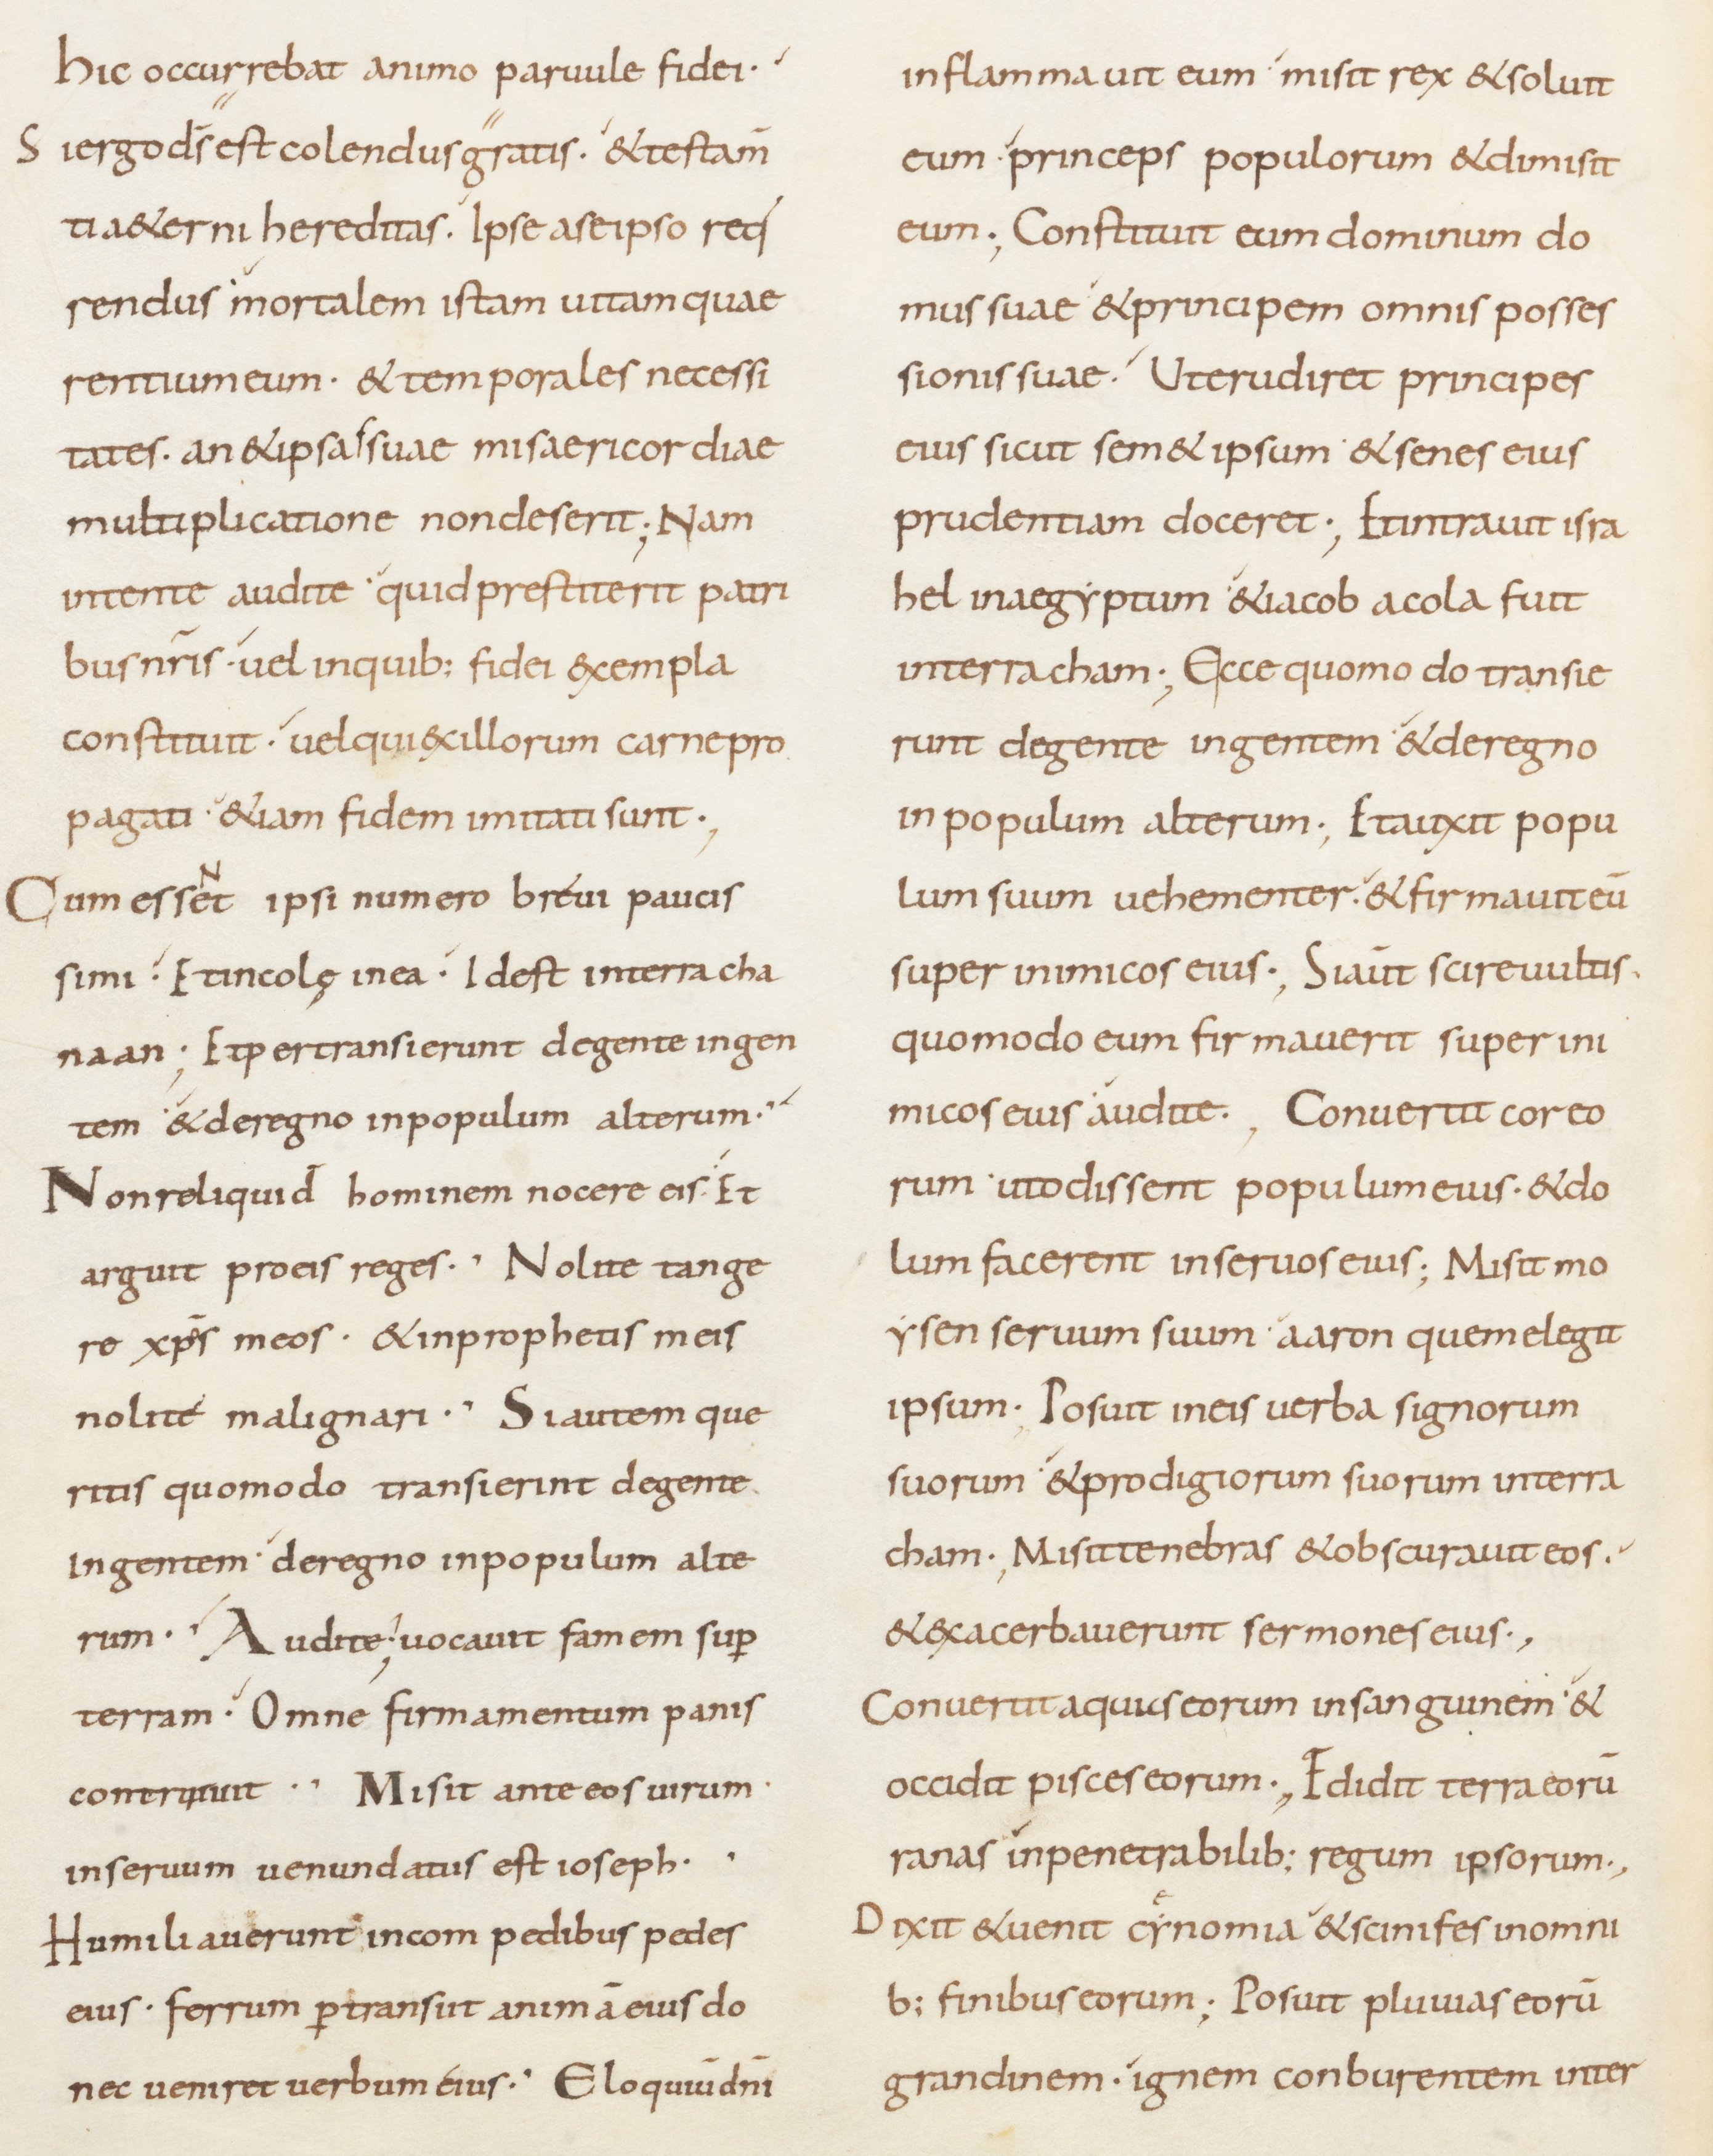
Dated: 800–899